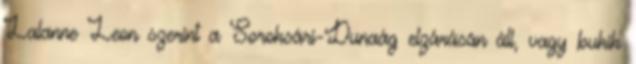
Lalanne Leon szerint a Soroksári-Dunaág elzárásán áll, vagy bukik